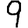
Digit: 9